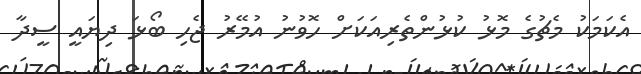
އެކަމަކު މެޗުގެ މޮޅު ކުޅުންތެރިއަކަށް ހޮވުނު އުމޭރު ޖެހި ބޯޅަ ދިޔައީ ސީދާ